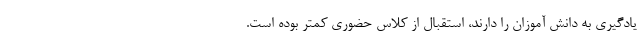
یادگیری به دانش آموزان را دارند، استقبال از کلاس حضوری کمتر بوده است.